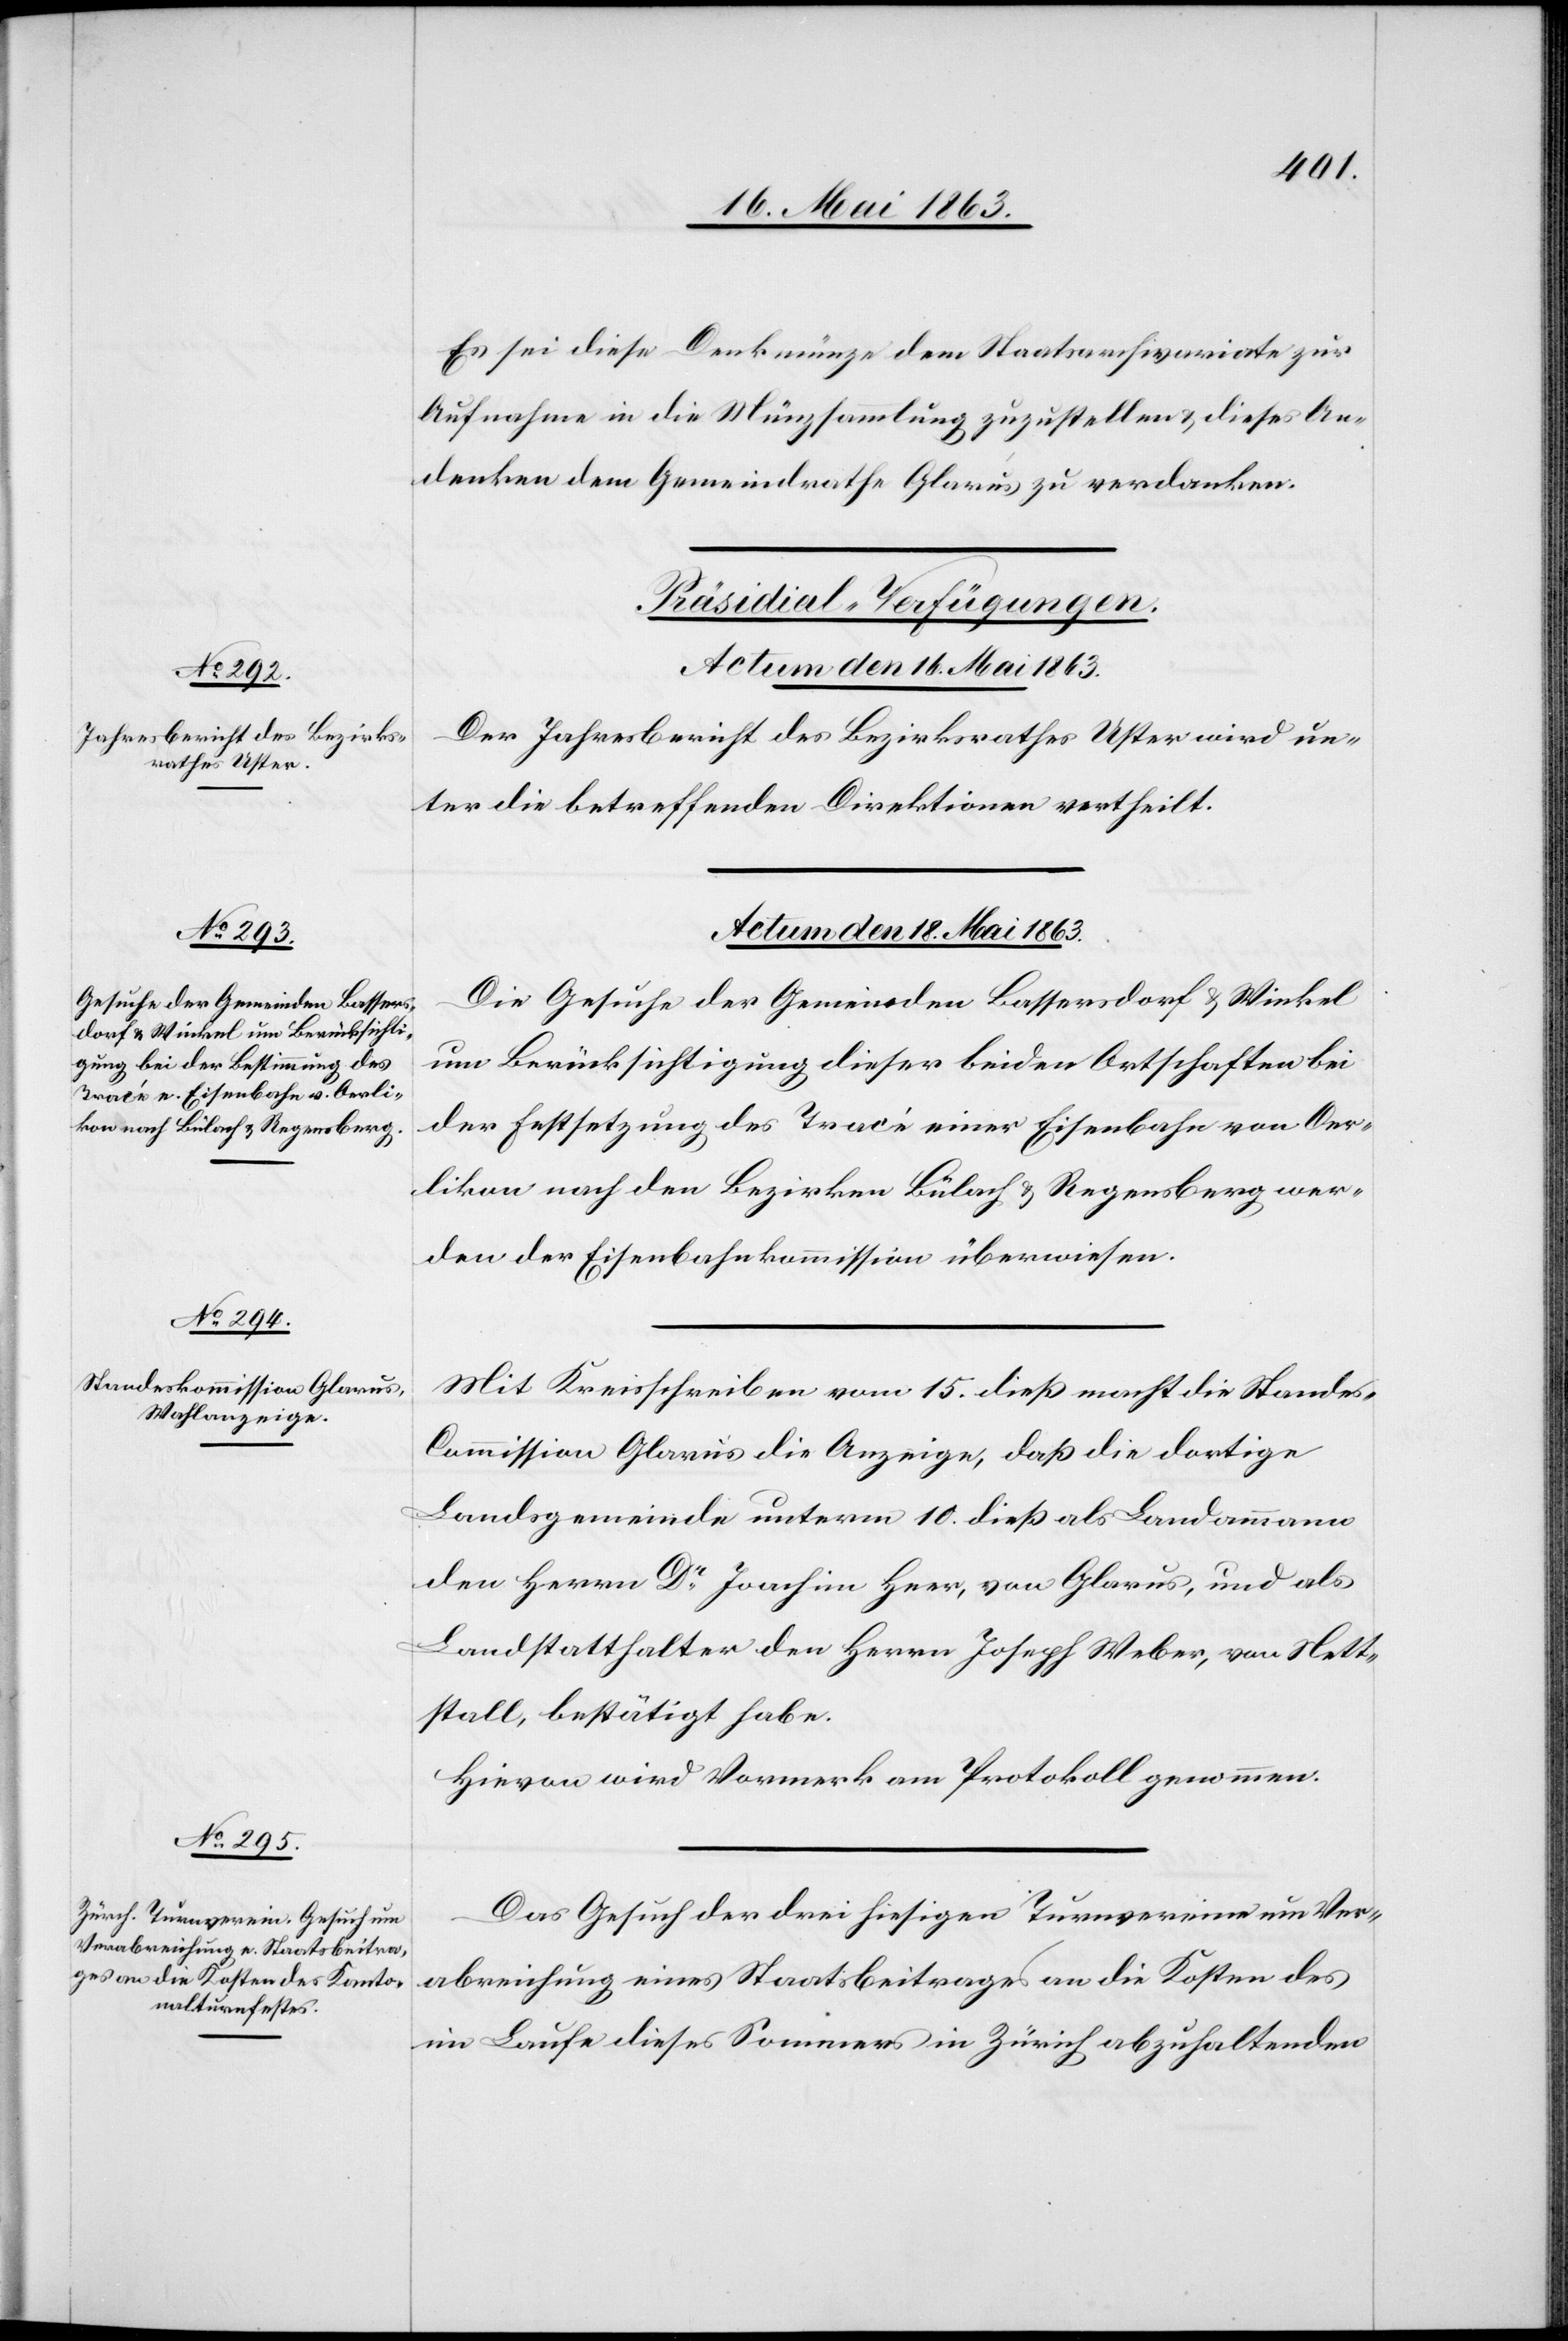
Es sei diese Denkmünze dem Staatsarchivariate zur
Aufnahme in die Münzsammlung zuzustellen & dieses An¬
denken dem Gemeindrathe Glarus zu verdanken.
[Präsidial-Verfügungen.
Der Jahresbericht des Bezirksrath Uster wird un¬
ter die betreffenden Direktionen vertheilt.
Actum den 18. Mai 1863.]
Die Gesuche der Gemeinden Bassersdorf & Winkel
um Berücksichtigung dieser beiden Ortschaften bei
der Festsetzung des Tracé einer Eisenbahn von Oer¬
likon nach den Bezirken Bülach & Regensberg wer¬
den der Eisenbahnkommission überwiesen.
Mit Kreisschreiben vom 15. dieß macht die Stande¬
s-Commission Glarus die Anzeige, daß die dortige
Landsgemeinde unterm 10. dieß als Landammann
den Herrn Dr Joachim Heer, von Glarus, und als
Landstatthalter den Herrn Joseph Weber, von Nett¬
stall, bestätigt habe.
Hievon wird Vormerk am Protokoll genommen.
Das Gesuch der drei hiesigen Turnvereine um Ver¬
abreichung eines Staatsbeitrages an die Kosten des
im Laufe dieses Sommers in Zürich abzuhaltenden